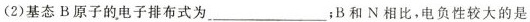
(2)基态B原子的电子排布式为___；B和N相比，电负性较大的是